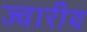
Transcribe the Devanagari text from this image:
ज्‍वारीय